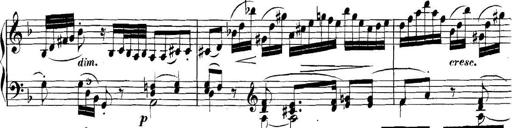
Title: Collected Piano Sonatas
Composer: Muzio Clementi